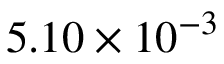
5 . 1 0 \times 1 0 ^ { - 3 }